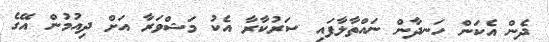
ދެން އެކަން ހަނދާން ނައްތާލާފައި ސަރުކާރާ އެކު މަޝްވަރާ އަށް ދިއުމުން އޭގެ